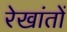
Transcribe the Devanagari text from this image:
रेखांतों